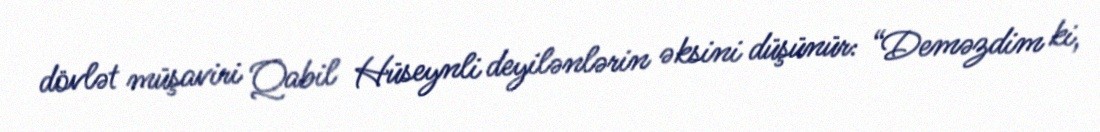
dövlət müşaviri Qabil Hüseynli deyilənlərin əksini düşünür: “Deməzdim ki,